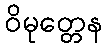
ဝိမုတ္တေန